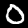
Label: 0